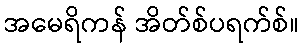
အမေရိကန် အိတ်စ်ပရက်စ်။